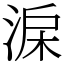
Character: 淭